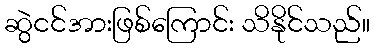
ဆွဲငင်အားဖြစ်ကြောင်း သိနိုင်သည်။